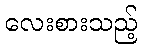
လေးစားသည့်